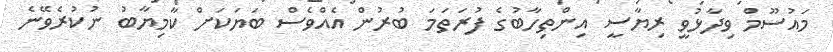
މައުސޫމް ވިދާޅުވީ ރިޔާސީ އިންތިހާބުގެ ފުރަތަމަ ބުރުން އެއްވެސް ބަޔަކަށް ކާމިޔާބު ނުކުރެވޭނެ